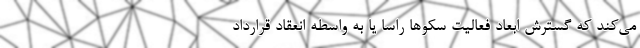
می‌کند که گسترش ابعاد فعالیت سکوها راسا یا به واسطه انعقاد قرارداد